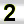
Digit: 2